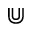
\Cup